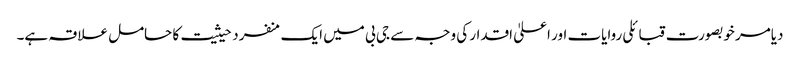
دیامر خوبصورت قبائلی روایات اور اعلیٰ اقدار کی وجہ سے جی بی میں ایک منفرد حیثیت کا حامل علاقہ ہے۔